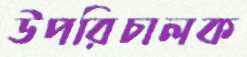
উপরিচালক